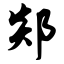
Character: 郯